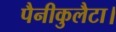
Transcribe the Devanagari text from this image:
पैनीकुलैटा।